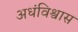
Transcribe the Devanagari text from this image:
अधंविश्वास